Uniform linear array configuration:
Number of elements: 16
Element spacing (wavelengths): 1
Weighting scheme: blackman
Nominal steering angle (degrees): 60
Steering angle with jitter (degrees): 61.557
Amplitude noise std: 0.05
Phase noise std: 0.05

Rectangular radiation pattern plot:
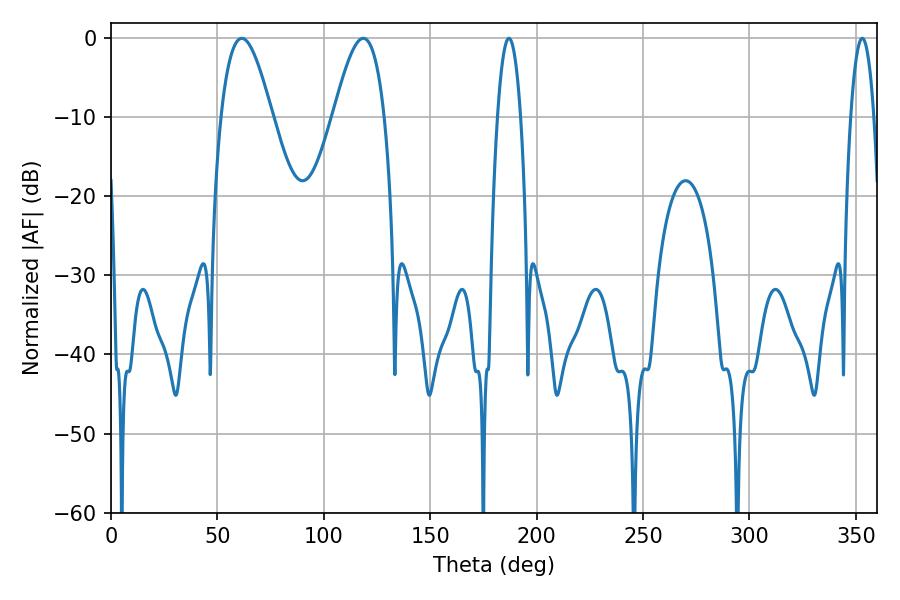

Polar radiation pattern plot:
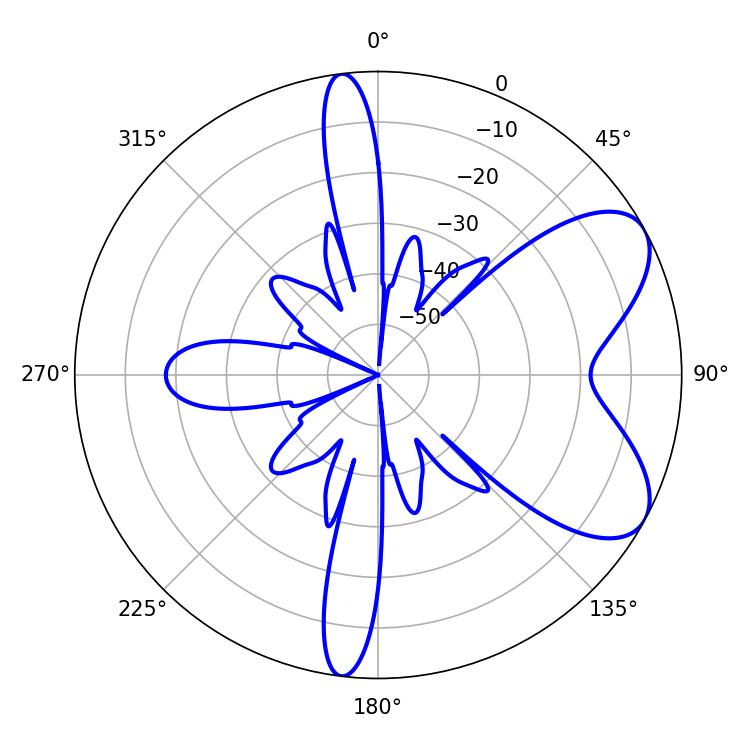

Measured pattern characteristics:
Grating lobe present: TRUE
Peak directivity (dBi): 6.847
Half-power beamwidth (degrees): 12.96
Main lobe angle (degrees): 61.38